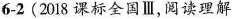
6-2(2018 课标全国Ⅲ,阅读理解